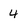
Character: 4